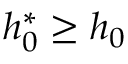
h _ { 0 } ^ { * } \ge h _ { 0 }